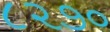
૮૨૭૦